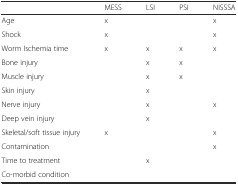
<table><thead><tr><td></td><td><b>MESS</b></td><td><b>LSI</b></td><td><b>PSI</b></td><td><b>NISSSA</b></td></tr></thead><tbody><tr><td>Age</td><td>x</td><td></td><td></td><td>x</td></tr><tr><td>Shock</td><td>x</td><td></td><td></td><td>x</td></tr><tr><td>Worm Ischemia time</td><td>x</td><td>x</td><td>x</td><td>x</td></tr><tr><td>Bone injury</td><td></td><td>x</td><td>x</td><td></td></tr><tr><td>Muscle injury</td><td></td><td>x</td><td>x</td><td></td></tr><tr><td>Skin injury</td><td></td><td>x</td><td></td><td></td></tr><tr><td>Nerve injury</td><td></td><td>x</td><td></td><td>x</td></tr><tr><td>Deep vein injury</td><td></td><td>x</td><td></td><td></td></tr><tr><td>Skeletal/soft tissue injury</td><td>x</td><td></td><td></td><td>x</td></tr><tr><td>Contamination</td><td></td><td></td><td></td><td>x</td></tr><tr><td>Time to treatment</td><td></td><td>x</td><td></td><td></td></tr><tr><td>Co-morbid condition</td><td></td><td></td><td></td><td></td></tr></tbody></table>